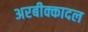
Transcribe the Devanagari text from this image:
अरबीक्कादल